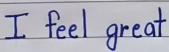
I feel great